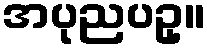
အပုညပဥှ။